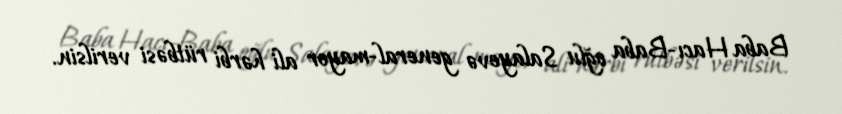
Baba Hacı-Baba oğlu Salayevə general-mayor ali hərbi rütbəsi verilsin.